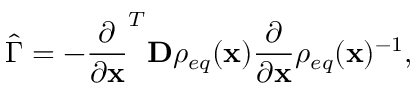
\hat { \Gamma } = - \frac { \partial } { \partial \mathbf { x } } ^ { T } \mathbf { D } \rho _ { e q } ( \mathbf { x } ) \frac { \partial } { \partial \mathbf { x } } \rho _ { e q } ( \mathbf { x } ) ^ { - 1 } ,